Lunatic asylums United Provinces 1909-1921 - 1909-1921
Year: 1909
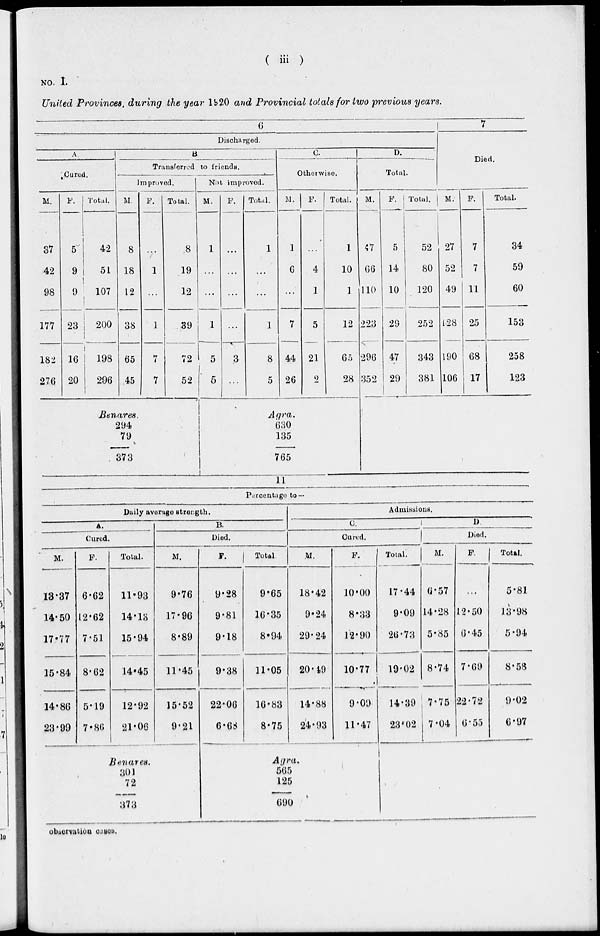
( iii )
NO. I.
United Provinces during the year 1920 and Provincial totals for two previous years.
6
Discharged.
A
Cured.
M.
37
42
98
177
182
276
F.
5
9
9
23
16
20
Total.
42
51
107
200
198
296
B.
Transferred to friends.
Improved.
M.
8
18
12
38
65
45
F.
...
1
...
1
7
7
Total.
8
19
12
39
72
52
Not improved.
M.
1
...
...
1
5
5
F.
...
...
...
3
...
Total.
1
...
...
1
8
5
C.
Otherwise.
M.
1
6
...
7
44
26
F.
...
4
1
5
21
2
Total.
1
10
1
12
65
28
D.
Total.
M.
47
66
110
223
296
352
F.
5
14
10
29
47
29
Total.
52
80
120
252
343
381
7
Died.
M.
27
52
49
128
190
106
F.
7
7
11
25
68
17
Total.
34
59
60
153
258
123
Benares.
294
79
373
Agra.
630
135
765
11
Percentage to —
Daily average strength.
A.
Cured.
M.
13.37
14.50
17.77
15.84
14.86
23.99
F.
6.62
12.62
7.51
8.62
5.19
7.86
Total.
11.93
14.13
15.94
14.45
12.92
21.06
B.
Died.
M.
9.76
17.96
8.89
11.45
15.52
9.21
F.
9.28
9.81
9.18
9.38
22.06
6.68
Total.
9.65
16.35
8.94
11.05
16.83
8.75
Admissions.
C.
Cured.
M.
18.42
9.24
29.24
20.49
14.88
24.93
F.
10.00
8.33
12.90
10.77
9.09
11.47
Total.
17.44
9.09
26.73
19.02
14.39
23.02
D
Died.
M.
6.57
14.28
5.85
8.74
7.75
7.04
F.
...
12.50
6.45
7.69
22.72
6.55
Total.
5.81
13.98
5.94
8.58
9.02
6.97
Benares.
301
72
373
Agra.
565
125
690
observation cases.